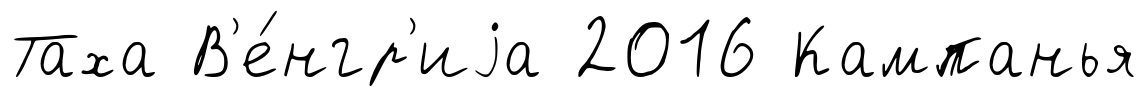
Таха В'е́нгр'иjа 2016 Кампанья